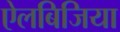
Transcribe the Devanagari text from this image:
ऐलबिजिया